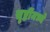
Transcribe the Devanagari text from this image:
सृष्टींमध्ये